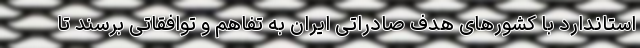
استاندارد با کشورهای هدف صادراتی ایران به تفاهم و توافقاتی برسند تا